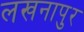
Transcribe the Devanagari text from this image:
लखनापुर